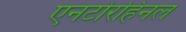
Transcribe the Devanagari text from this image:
एनटोरहिनल